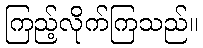
ကြည့်လိုက်ကြသည်။